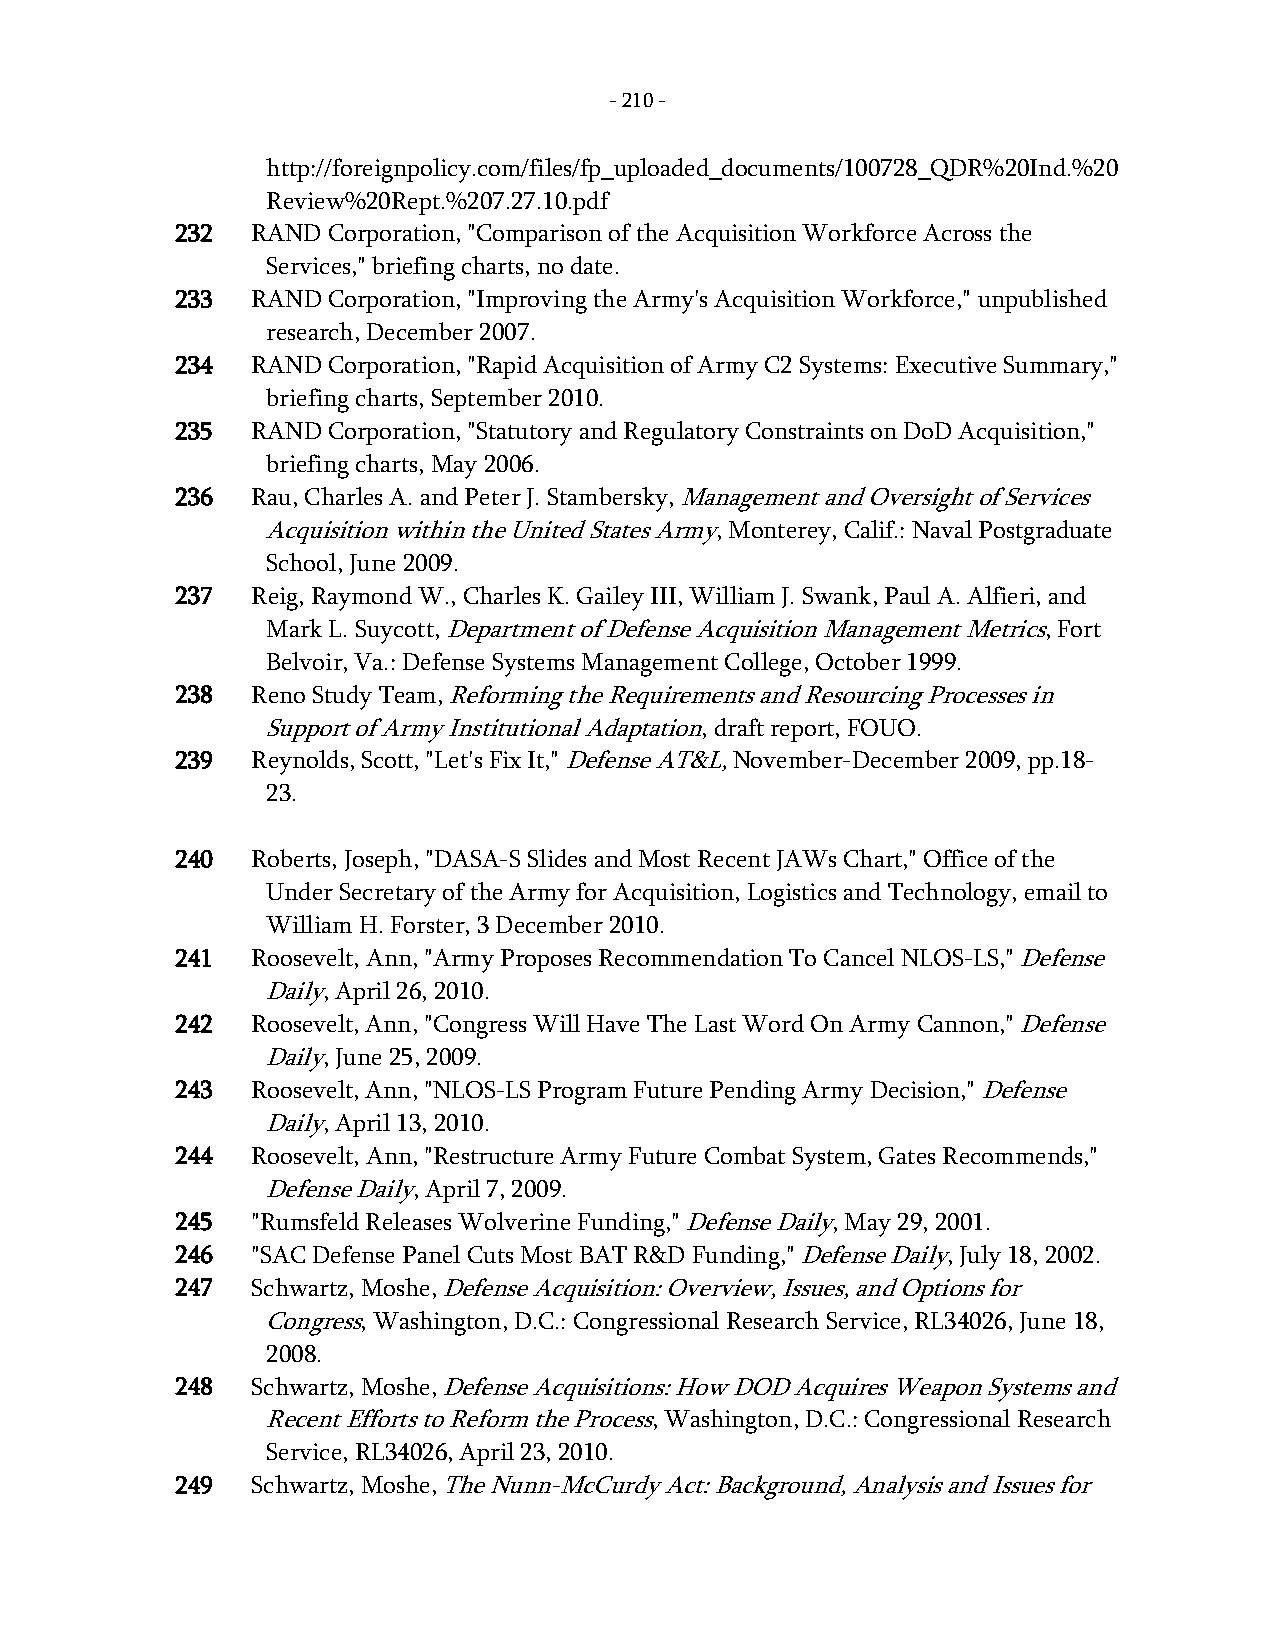
- 210 -
 http://foreignpolicy.com/files/fp_uploaded_documents/100728_QDR%20Ind.%20
 Review%20Rept.%207.27.10.pdf
 232  RAND Corporation, "Comparison of the Acquisition Workforce Across the
 Services," briefing charts, no date.
 233  RAND Corporation, "Improving the Army's Acquisition Workforce," unpublished
 research, December 2007.
 234  RAND Corporation, "Rapid Acquisition of Army C2 Systems: Executive Summary,"
 briefing charts, September 2010.
 235  RAND Corporation, "Statutory and Regulatory Constraints on DoD Acquisition,"
 briefing charts, May 2006.
 236  Rau, Charles A. and Peter J. Stambersky, Management and Oversight of Services
 Acquisition within the United States Army, Monterey, Calif.: Naval Postgraduate
 School, June 2009.
 237  Reig, Raymond W., Charles K. Gailey III, William J. Swank, Paul A. Alfieri, and
 Mark L. Suycott, Department of Defense Acquisition Management Metrics, Fort
 Belvoir, Va.: Defense Systems Management College, October 1999.
 238  Reno Study Team, Reforming the Requirements and Resourcing Processes in
 Support of Army Institutional Adaptation, draft report, FOUO.
 239  Reynolds, Scott, "Let's Fix It," Defense AT&L, November-December 2009, pp.18-
 23.
 240  Roberts, Joseph, "DASA-S Slides and Most Recent JAWs Chart," Office of the
 Under Secretary of the Army for Acquisition, Logistics and Technology, email to
 William H. Forster, 3 December 2010.
 241  Roosevelt, Ann, "Army Proposes Recommendation To Cancel NLOS-LS," Defense
 Daily, April 26, 2010.
 242  Roosevelt, Ann, "Congress Will Have The Last Word On Army Cannon," Defense
 Daily, June 25, 2009.
 243  Roosevelt, Ann, "NLOS-LS Program Future Pending Army Decision," Defense
 Daily, April 13, 2010.
 244  Roosevelt, Ann, "Restructure Army Future Combat System, Gates Recommends,"
 Defense Daily, April 7, 2009.
 245  "Rumsfeld Releases Wolverine Funding," Defense Daily, May 29, 2001.
 246  "SAC Defense Panel Cuts Most BAT R&D Funding," Defense Daily, July 18, 2002.
 247  Schwartz, Moshe, Defense Acquisition: Overview, Issues, and Options for
 Congress, Washington, D.C.: Congressional Research Service, RL34026, June 18,
 2008.
 248  Schwartz, Moshe, Defense Acquisitions: How DOD Acquires Weapon Systems and
 Recent Efforts to Reform the Process, Washington, D.C.: Congressional Research
 Service, RL34026, April 23, 2010.
 249  Schwartz, Moshe, The Nunn-McCurdy Act: Background, Analysis and Issues for
 -
 210
 -